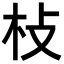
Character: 𣏽